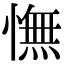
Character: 憮